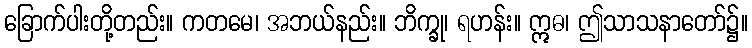
ခြောက်ပါးတို့တည်း။ ကတမေ၊ အဘယ်နည်း။ ဘိက္ခု၊ ရဟန်း။ ဣဓ၊ ဤသာသနာတော်၌။